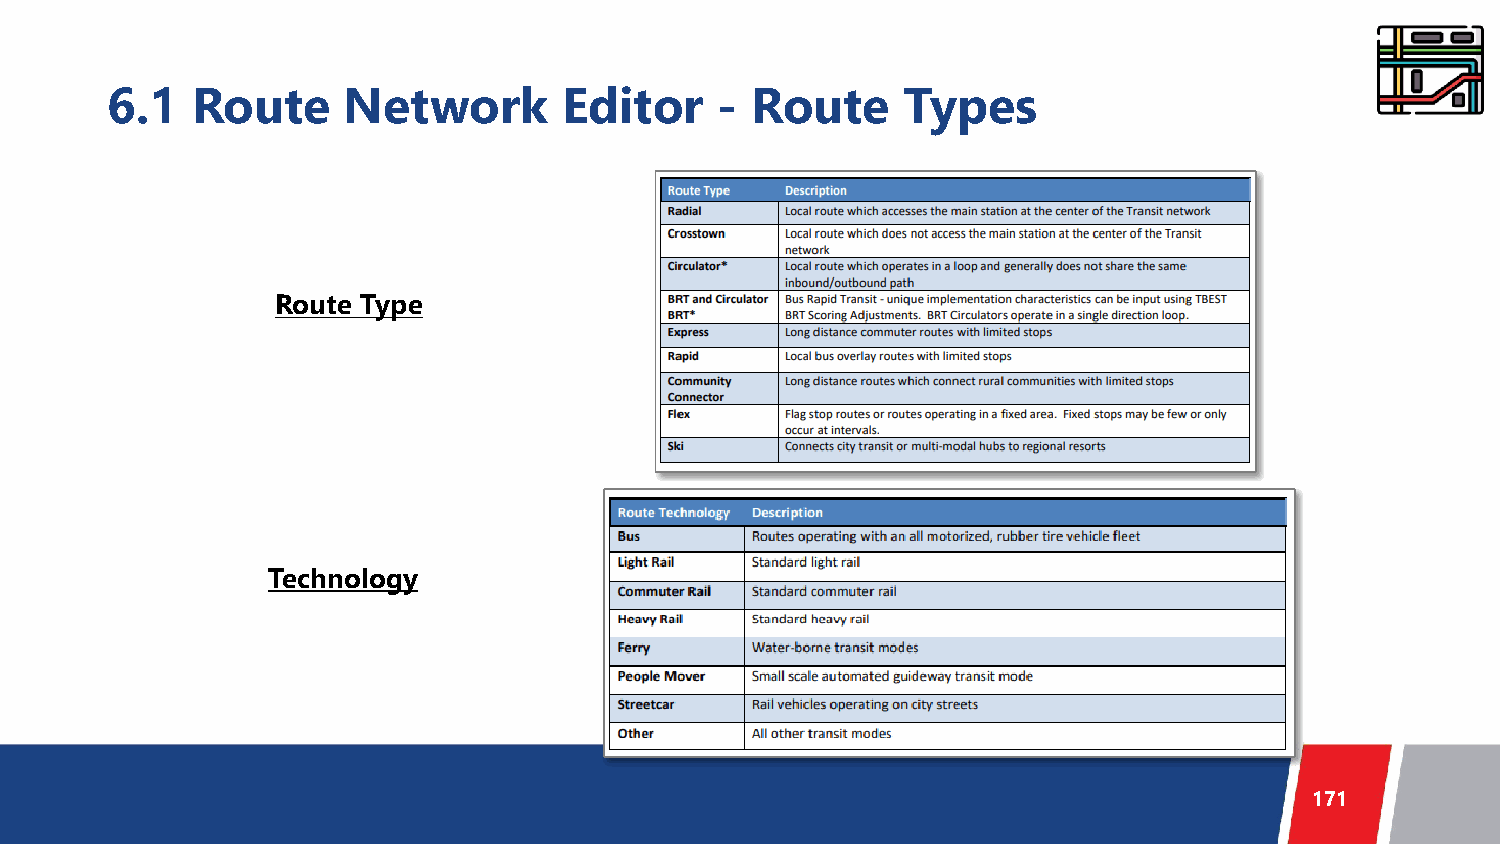
6.1   Route     Network       Editor    -  Route     Types
 Route Type
 Technology
 171